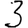
Digit: 3